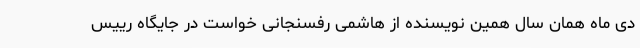
دی ماه همان سال همین نویسنده از هاشمی رفسنجانی خواست در جایگاه رییس